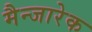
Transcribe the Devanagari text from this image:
मैन्जारेक